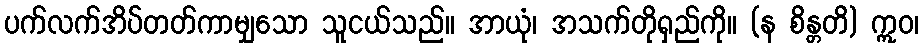
ပက်လက်အိပ်တတ်ကာမျှသော သူငယ်သည်။ အာယုံ၊ အသက်တိုရှည်ကို။ (န စိန္တတိ) ဣဝ၊